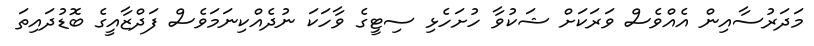
މަދަރުސާއިން އެއްވެސް ވަރަކަށް ޝަކުވާ ހުށަހެޅި ސިޓީގެ ވާހަކަ ނުދެއްކިނަމަވެސް ފަދްޒާއީގެ ބޮޑުދައިތަ